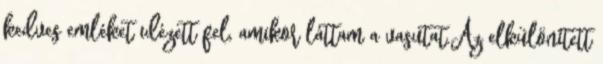
kedves emléket idézett fel, amikor láttam a vasutat.Az elkülönített